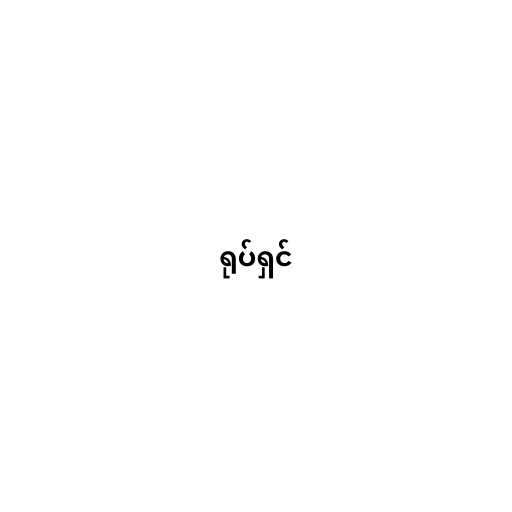
ရုပ်ရှင်